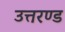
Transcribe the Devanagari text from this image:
उत्तरण्ड